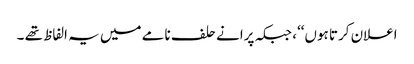
اعلان کرتا ہوں‘‘، جبکہ پرانے حلف نامے میں یہ الفاظ تھے ۔